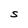
Character: S